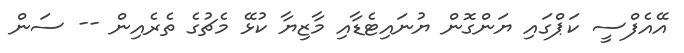
އޭއެފްސީ ކަޕްގައި ޔަންގޮން ޔުނައިޓެޑާއި މާޒިޔާ ކުޅޭ މެޗުގެ ތެރެއިން -- ސަން